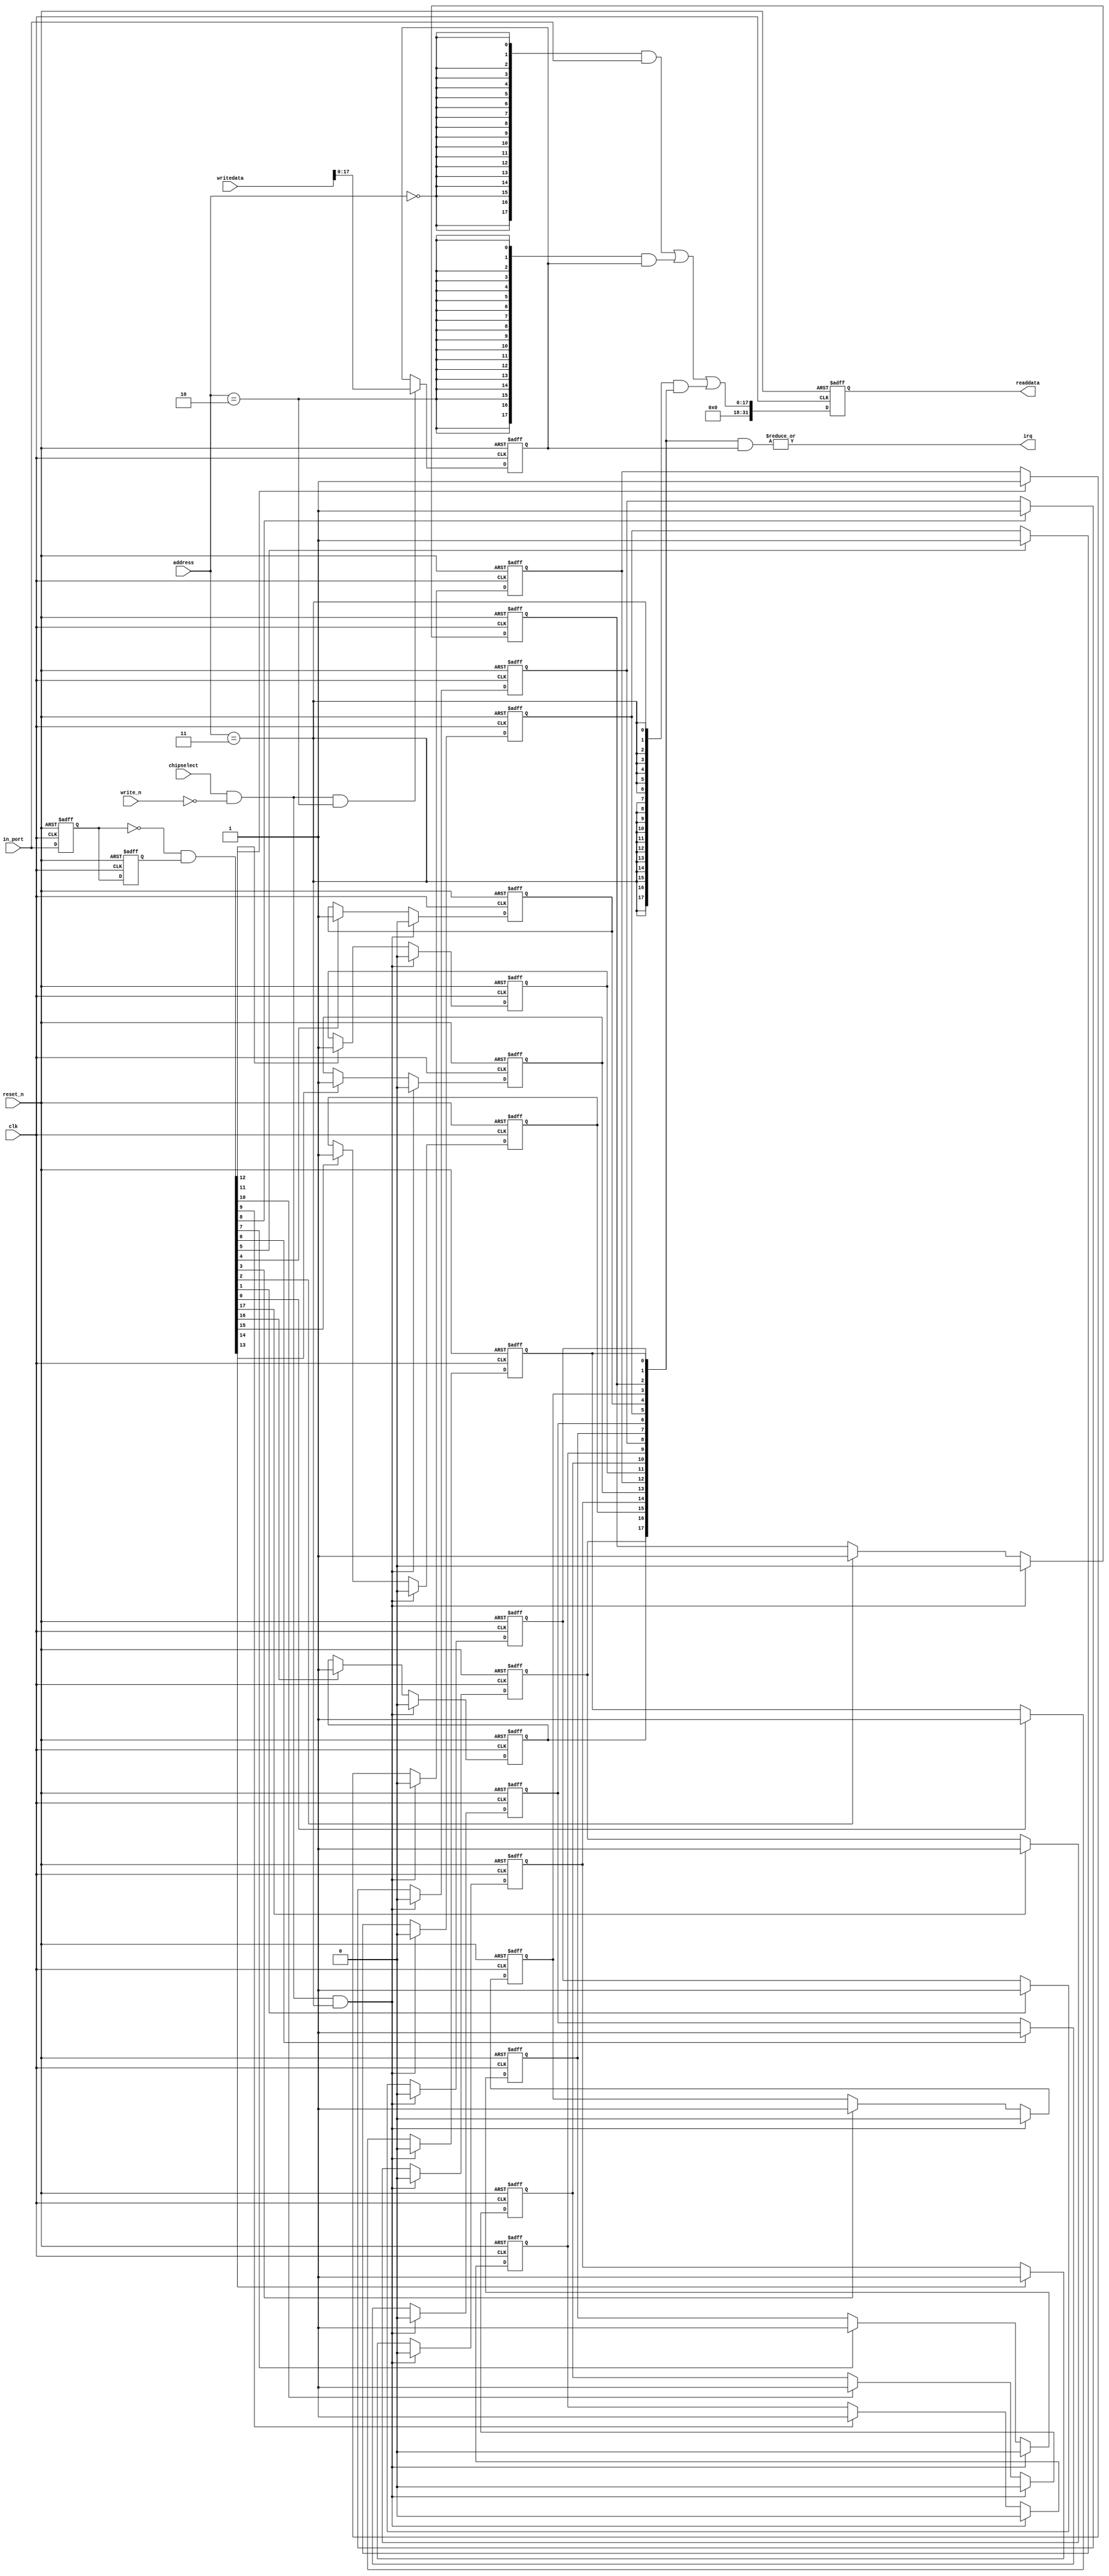
module DE2_115_QSYS_sw (
                         // inputs:
                          address,
                          chipselect,
                          clk,
                          in_port,
                          reset_n,
                          write_n,
                          writedata,

                         // outputs:
                          irq,
                          readdata
                       )
;

  output           irq;
  output  [ 31: 0] readdata;
  input   [  1: 0] address;
  input            chipselect;
  input            clk;
  input   [ 17: 0] in_port;
  input            reset_n;
  input            write_n;
  input   [ 31: 0] writedata;

  wire             clk_en;
  reg     [ 17: 0] d1_data_in;
  reg     [ 17: 0] d2_data_in;
  wire    [ 17: 0] data_in;
  reg     [ 17: 0] edge_capture;
  wire             edge_capture_wr_strobe;
  wire    [ 17: 0] edge_detect;
  wire             irq;
  reg     [ 17: 0] irq_mask;
  wire    [ 17: 0] read_mux_out;
  reg     [ 31: 0] readdata;
  assign clk_en = 1;
  //s1, which is an e_avalon_slave
  assign read_mux_out = ({18 {(address == 0)}} & data_in) |
    ({18 {(address == 2)}} & irq_mask) |
    ({18 {(address == 3)}} & edge_capture);

  always @(posedge clk or negedge reset_n)
    begin
      if (reset_n == 0)
          readdata <= 0;
      else if (clk_en)
          readdata <= {{{32 - 18}{1'b0}},read_mux_out};
    end


  assign data_in = in_port;
  always @(posedge clk or negedge reset_n)
    begin
      if (reset_n == 0)
          irq_mask <= 0;
      else if (chipselect && ~write_n && (address == 2))
          irq_mask <= writedata[17 : 0];
    end


  assign irq = |(edge_capture & irq_mask);
  assign edge_capture_wr_strobe = chipselect && ~write_n && (address == 3);
  always @(posedge clk or negedge reset_n)
    begin
      if (reset_n == 0)
          edge_capture[0] <= 0;
      else if (clk_en)
          if (edge_capture_wr_strobe)
              edge_capture[0] <= 0;
          else if (edge_detect[0])
              edge_capture[0] <= -1;
    end


  always @(posedge clk or negedge reset_n)
    begin
      if (reset_n == 0)
          edge_capture[1] <= 0;
      else if (clk_en)
          if (edge_capture_wr_strobe)
              edge_capture[1] <= 0;
          else if (edge_detect[1])
              edge_capture[1] <= -1;
    end


  always @(posedge clk or negedge reset_n)
    begin
      if (reset_n == 0)
          edge_capture[2] <= 0;
      else if (clk_en)
          if (edge_capture_wr_strobe)
              edge_capture[2] <= 0;
          else if (edge_detect[2])
              edge_capture[2] <= -1;
    end


  always @(posedge clk or negedge reset_n)
    begin
      if (reset_n == 0)
          edge_capture[3] <= 0;
      else if (clk_en)
          if (edge_capture_wr_strobe)
              edge_capture[3] <= 0;
          else if (edge_detect[3])
              edge_capture[3] <= -1;
    end


  always @(posedge clk or negedge reset_n)
    begin
      if (reset_n == 0)
          edge_capture[4] <= 0;
      else if (clk_en)
          if (edge_capture_wr_strobe)
              edge_capture[4] <= 0;
          else if (edge_detect[4])
              edge_capture[4] <= -1;
    end


  always @(posedge clk or negedge reset_n)
    begin
      if (reset_n == 0)
          edge_capture[5] <= 0;
      else if (clk_en)
          if (edge_capture_wr_strobe)
              edge_capture[5] <= 0;
          else if (edge_detect[5])
              edge_capture[5] <= -1;
    end


  always @(posedge clk or negedge reset_n)
    begin
      if (reset_n == 0)
          edge_capture[6] <= 0;
      else if (clk_en)
          if (edge_capture_wr_strobe)
              edge_capture[6] <= 0;
          else if (edge_detect[6])
              edge_capture[6] <= -1;
    end


  always @(posedge clk or negedge reset_n)
    begin
      if (reset_n == 0)
          edge_capture[7] <= 0;
      else if (clk_en)
          if (edge_capture_wr_strobe)
              edge_capture[7] <= 0;
          else if (edge_detect[7])
              edge_capture[7] <= -1;
    end


  always @(posedge clk or negedge reset_n)
    begin
      if (reset_n == 0)
          edge_capture[8] <= 0;
      else if (clk_en)
          if (edge_capture_wr_strobe)
              edge_capture[8] <= 0;
          else if (edge_detect[8])
              edge_capture[8] <= -1;
    end


  always @(posedge clk or negedge reset_n)
    begin
      if (reset_n == 0)
          edge_capture[9] <= 0;
      else if (clk_en)
          if (edge_capture_wr_strobe)
              edge_capture[9] <= 0;
          else if (edge_detect[9])
              edge_capture[9] <= -1;
    end


  always @(posedge clk or negedge reset_n)
    begin
      if (reset_n == 0)
          edge_capture[10] <= 0;
      else if (clk_en)
          if (edge_capture_wr_strobe)
              edge_capture[10] <= 0;
          else if (edge_detect[10])
              edge_capture[10] <= -1;
    end


  always @(posedge clk or negedge reset_n)
    begin
      if (reset_n == 0)
          edge_capture[11] <= 0;
      else if (clk_en)
          if (edge_capture_wr_strobe)
              edge_capture[11] <= 0;
          else if (edge_detect[11])
              edge_capture[11] <= -1;
    end


  always @(posedge clk or negedge reset_n)
    begin
      if (reset_n == 0)
          edge_capture[12] <= 0;
      else if (clk_en)
          if (edge_capture_wr_strobe)
              edge_capture[12] <= 0;
          else if (edge_detect[12])
              edge_capture[12] <= -1;
    end


  always @(posedge clk or negedge reset_n)
    begin
      if (reset_n == 0)
          edge_capture[13] <= 0;
      else if (clk_en)
          if (edge_capture_wr_strobe)
              edge_capture[13] <= 0;
          else if (edge_detect[13])
              edge_capture[13] <= -1;
    end


  always @(posedge clk or negedge reset_n)
    begin
      if (reset_n == 0)
          edge_capture[14] <= 0;
      else if (clk_en)
          if (edge_capture_wr_strobe)
              edge_capture[14] <= 0;
          else if (edge_detect[14])
              edge_capture[14] <= -1;
    end


  always @(posedge clk or negedge reset_n)
    begin
      if (reset_n == 0)
          edge_capture[15] <= 0;
      else if (clk_en)
          if (edge_capture_wr_strobe)
              edge_capture[15] <= 0;
          else if (edge_detect[15])
              edge_capture[15] <= -1;
    end


  always @(posedge clk or negedge reset_n)
    begin
      if (reset_n == 0)
          edge_capture[16] <= 0;
      else if (clk_en)
          if (edge_capture_wr_strobe)
              edge_capture[16] <= 0;
          else if (edge_detect[16])
              edge_capture[16] <= -1;
    end


  always @(posedge clk or negedge reset_n)
    begin
      if (reset_n == 0)
          edge_capture[17] <= 0;
      else if (clk_en)
          if (edge_capture_wr_strobe)
              edge_capture[17] <= 0;
          else if (edge_detect[17])
              edge_capture[17] <= -1;
    end


  always @(posedge clk or negedge reset_n)
    begin
      if (reset_n == 0)
        begin
          d1_data_in <= 0;
          d2_data_in <= 0;
        end
      else if (clk_en)
        begin
          d1_data_in <= data_in;
          d2_data_in <= d1_data_in;
        end
    end


  assign edge_detect = ~d1_data_in & d2_data_in;

endmodule